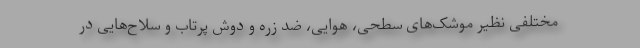
مختلفی نظیر موشک‌های سطحی، هوایی، ضد زره و دوش پرتاب و سلاح‌هایی در